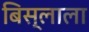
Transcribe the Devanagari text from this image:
बिस्लाला